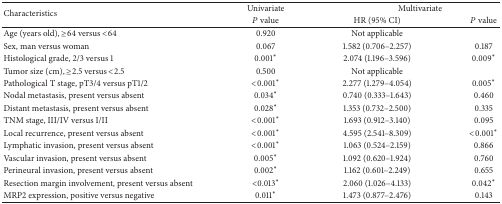
| <ROWSPAN=2> Characteristics | Univariate | <COLSPAN=2> Multivariate |
 | P value | HR (95% CI) | P value |
 | --- | --- | --- | --- |
 | Age (years old), ≥64 versus <64 | 0.920 | Not applicable |  |
 | Sex, man versus woman | 0.067 | 1.582 (0.706–2.257) | 0.187 |
 | Histological grade, 2/3 versus 1 | 0.001* | 2.074 (1.196–3.596) | 0.009* |
 | Tumor size (cm), ≥2.5 versus <2.5 | 0.500 | Not applicable |  |
 | Pathological T stage, pT3/4 versus pT1/2 | <0.001* | 2.277 (1.279–4.054) | 0.005* |
 | Nodal metastasis, present versus absent | 0.034* | 0.740 (0.333–1.643) | 0.460 |
 | Distant metastasis, present versus absent | 0.028* | 1.353 (0.732–2.500) | 0.335 |
 | TNM stage, III/IV versus I/II | <0.001* | 1.693 (0.912–3.140) | 0.095 |
 | Local recurrence, present versus absent | <0.001* | 4.595 (2.541–8.309) | <0.001* |
 | Lymphatic invasion, present versus absent | <0.001* | 1.063 (0.524–2.159) | 0.866 |
 | Vascular invasion, present versus absent | 0.005* | 1.092 (0.620–1.924) | 0.760 |
 | Perineural invasion, present versus absent | 0.002* | 1.162 (0.601–2.249) | 0.655 |
 | Resection margin involvement, present versus absent | <0.013* | 2.060 (1.026–4.133) | 0.042* |
 | MRP2 expression, positive versus negative | 0.011* | 1.473 (0.877–2.476) | 0.143 |